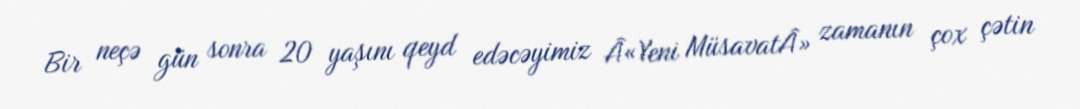
Bir neçə gün sonra 20 yaşını qeyd edəcəyimiz Â«Yeni MüsavatÂ» zamanın çox çətin